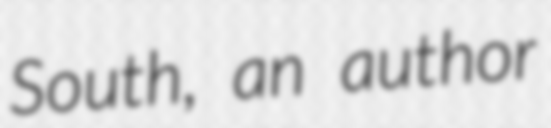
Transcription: South, an author